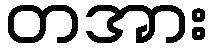
တအား